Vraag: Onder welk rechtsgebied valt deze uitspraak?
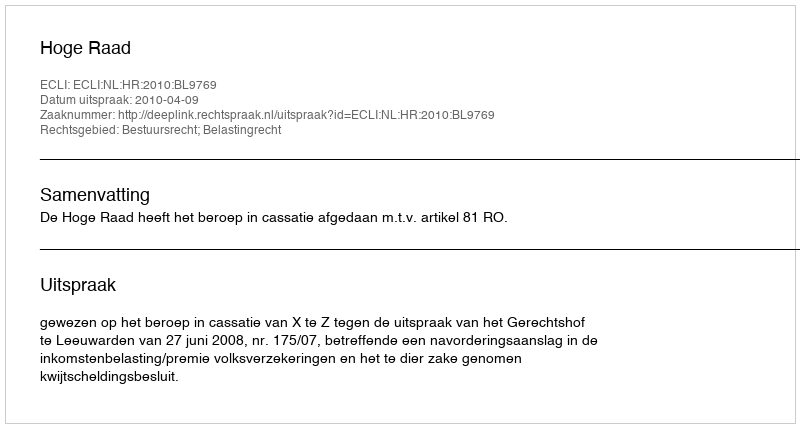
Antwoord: Bestuursrecht; Belastingrecht